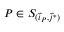
P \in S _ { ( \vec { i } _ { P } , \vec { j } ^ { * } ) }